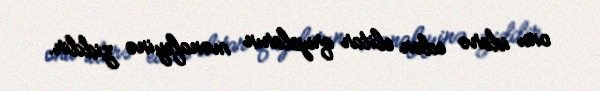
onu idarə edən elitar qrupların mənafeyinə ziddir.